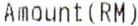
AMOUNT(RM)